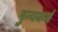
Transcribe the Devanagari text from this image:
पुन्यकर्म